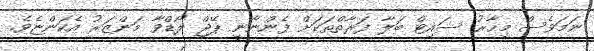
ނަމަވެސް މިހާރު ސައިޓް ބަލާ ފަރާތްތަކަށް ފެންނާނީ ޕޭޖް ލޯޑްވާ މަންޒަރު އެކަންޏެވެ.